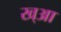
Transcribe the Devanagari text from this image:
ख्आ